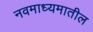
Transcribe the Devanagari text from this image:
नवमाध्यमातील